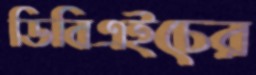
ডিবিএইচের